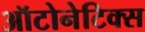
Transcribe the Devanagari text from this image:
ऑटोनेटिक्स